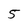
Character: 5